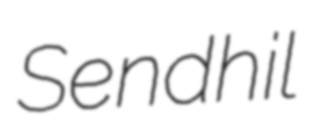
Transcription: Sendhil